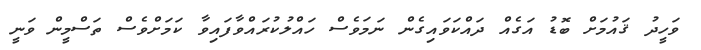
ވަހީދު ޤައުމަށް ބޮޑު އަގެއް ދައްކަވައިގެން ނަމަވެސް ހައްލުކުރައްވާފައިވާ ކަމަށްވެސް ތަސްމީން ވަނީ